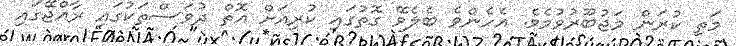
މަތި ކުރަން މަޖުބޫރުވުމެވެ. އެހެންވެ ބެލެވޭ ގޮތުގައި ކުރިއަށް އޮތް ދުވަސްތަކުގައި ރާއްޖޭގައި